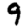
Digit: 9